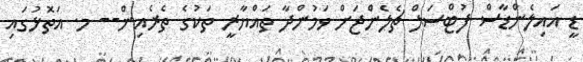
ޑީ އައިލެންޑާސް ފުޓްސަލް ޗެލެންޖަށް ވަމުންދާ ތައްޔާރީ ތަކުގެ ތެރެއިން-- މ. އަތޮޅުގައި